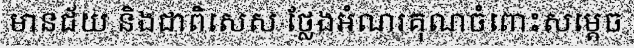
មានជ័យ និងជាពិសេស ថ្លែងអំណរគុណចំពោះសម្តេច